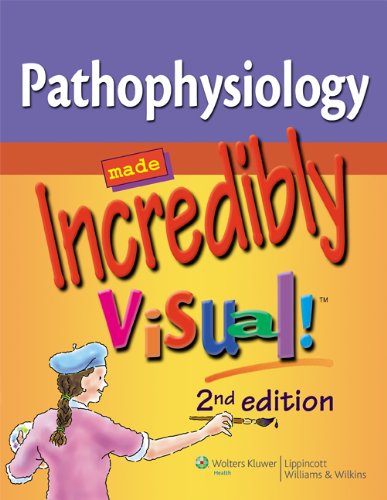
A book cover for Pathophysiology Made Incredibly Visual! (Incredibly Easy! SeriesÂ®); Lippincott Williams &  Wilkins; Medical Books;